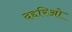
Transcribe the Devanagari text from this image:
दद्दरिओ